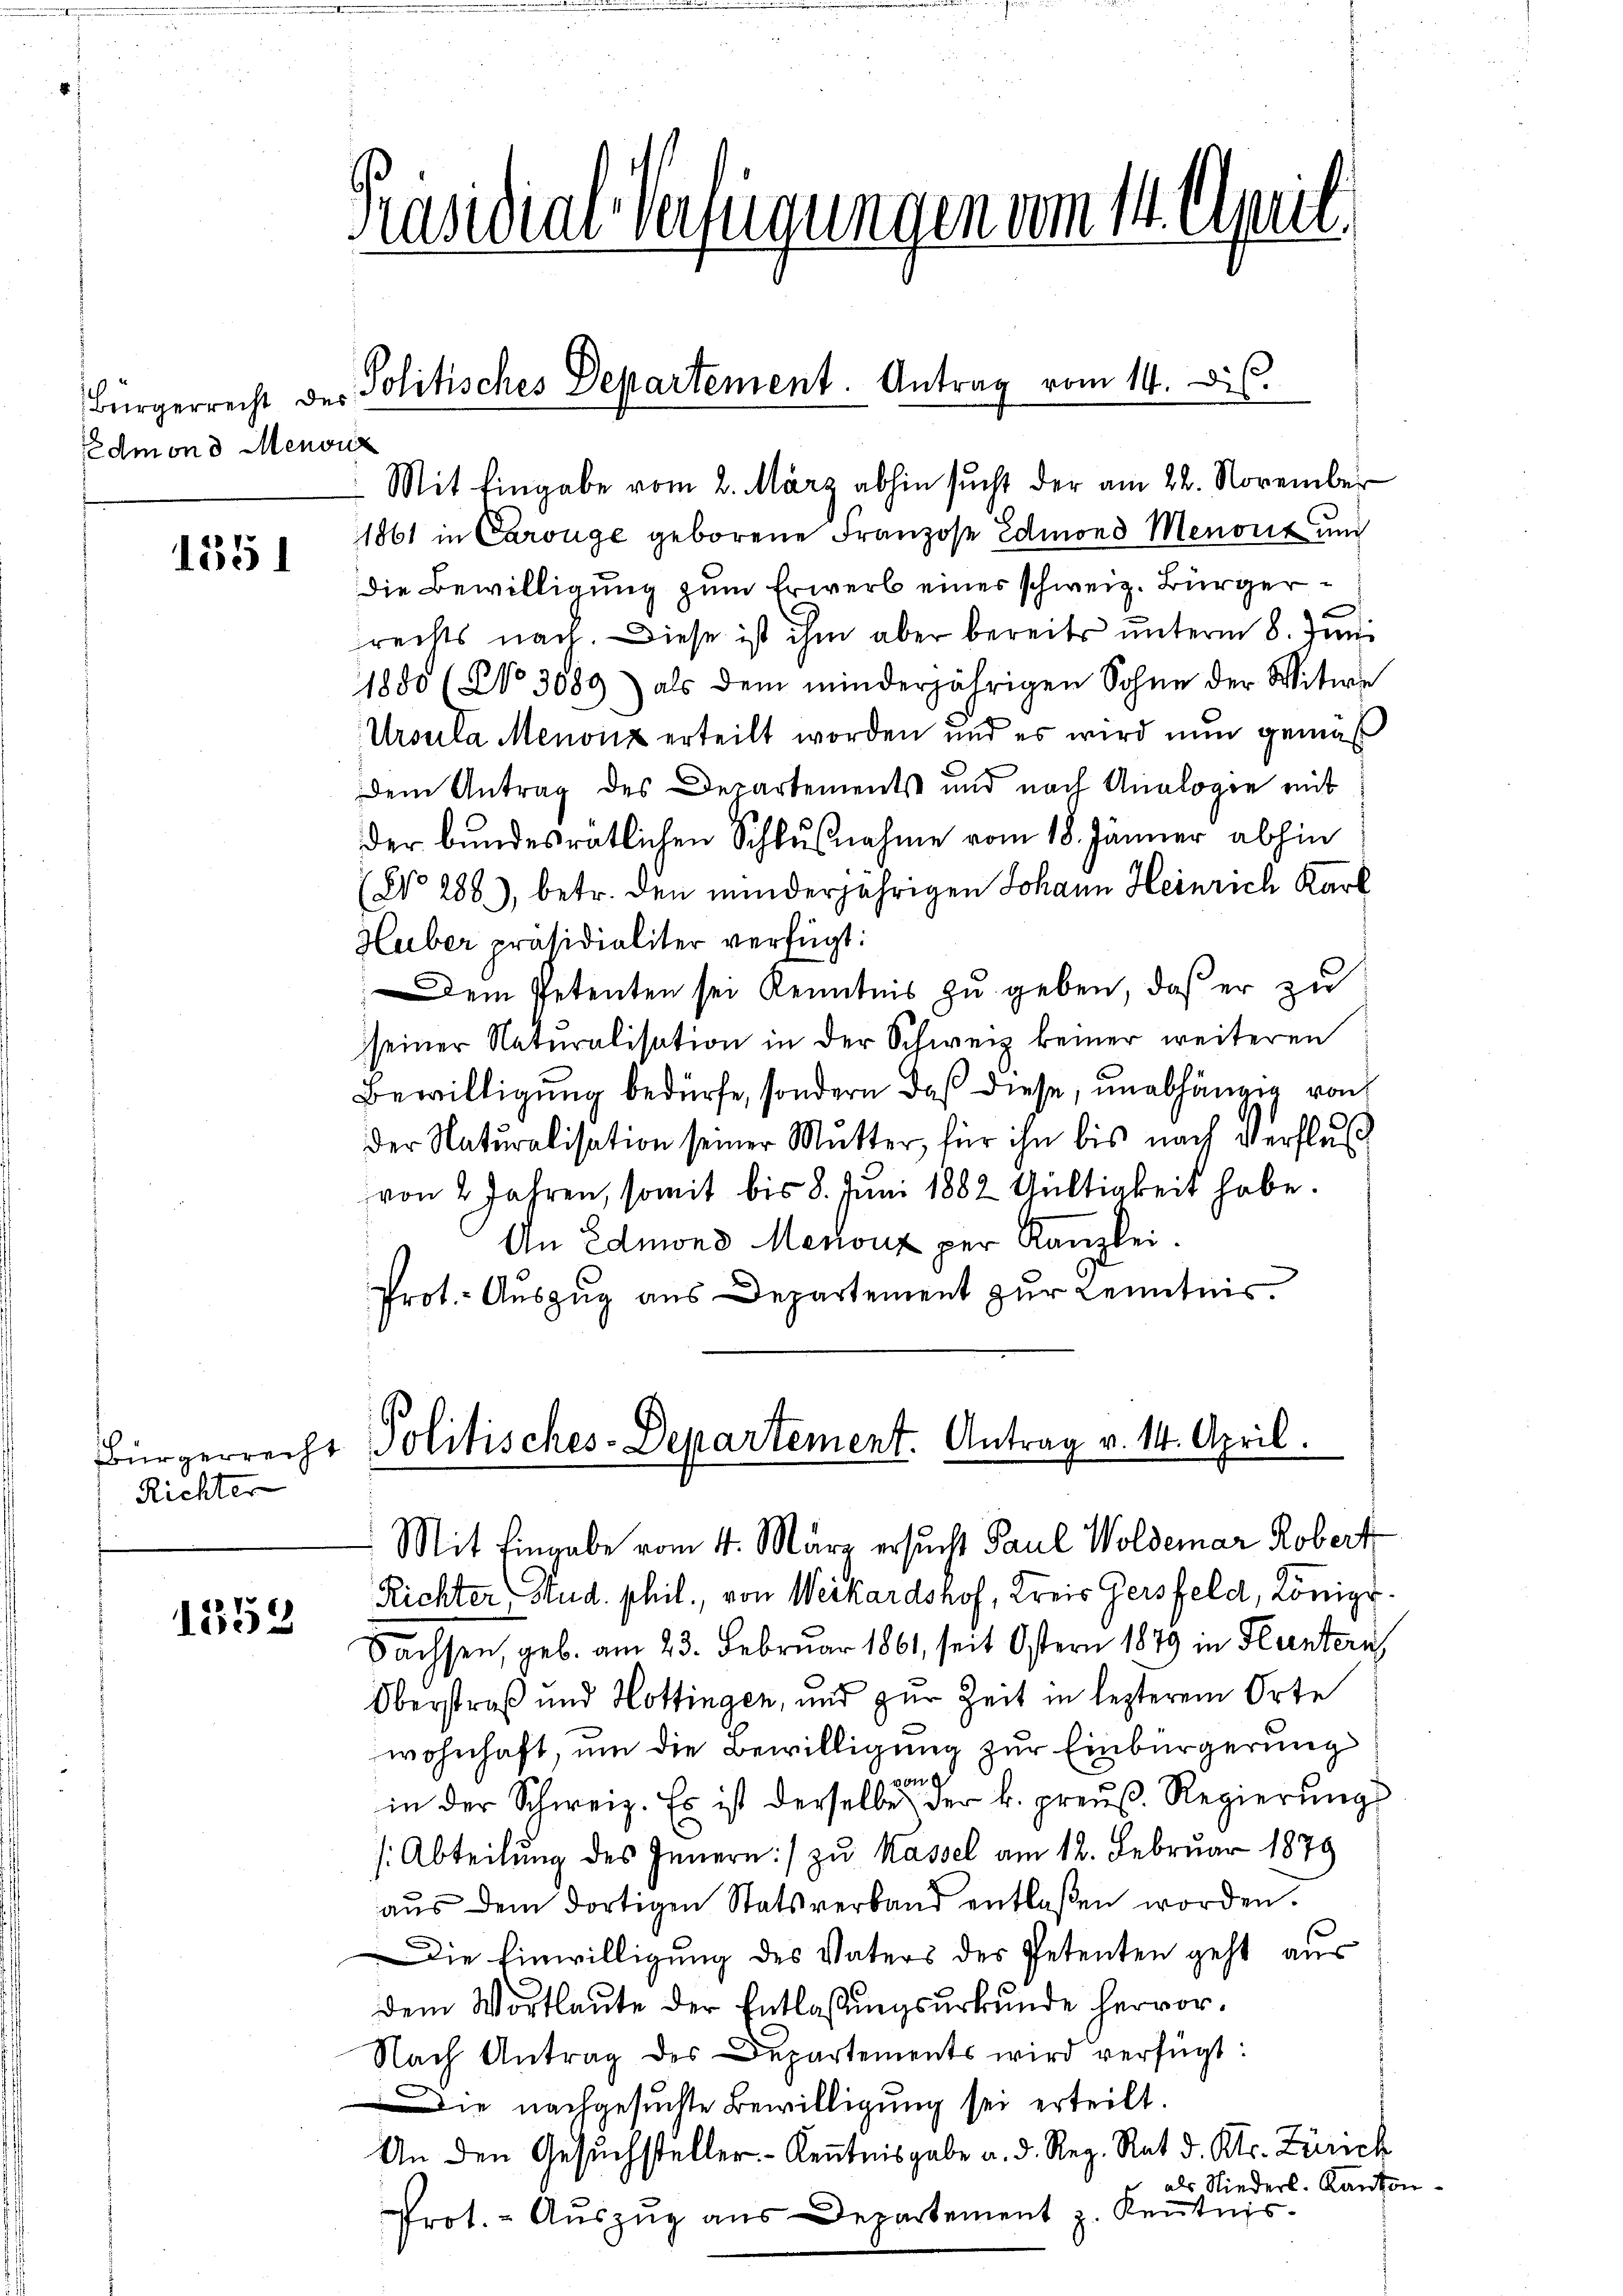
Bürgerrecht des
Edmond Menonz

1351

Richter

1552

Präsidial-Verfügungen um 14. April

Mit Eingabe vom 2. März abhin sucht der am 22. November
1861 in Carouge geborene Franzose Edmond Menort und
die Bewilligung zum Erwerb eines schweiz. Bürgerrechts nach. Diese ist ihm aber bereits unterm 8. Juni
1880 (No 3089) als dem minderjährigen Sohne der Witwe
Ursula Menonz erteilt worden und es wird nun gemäß
dem Antrag des Departements und nach Analogie mit
der bundesrätlichen Schlußnahme vom 18. Jänner abhin
(No. 288), betr. den minderjährigen Johann Heinrich Karl
Heiber präsidialiter verfügt:
Dem Petenten sei Kenntnis zu geben, daß er zu
seiner Naturalisation in der Schweiz keiner weiteren
Bewilligung bedürfe, sondern daß diese, unabhängig von
der Naturalisation seiner Mutter, für ihn bis nach Verflus
von 2 Jahren, somit bis 8. Juni 1882 Gültigkeit habe.
An Edmons Menonz per Kanzlei.
Prot.- Auszug aus Departement zur Kenntnis.

Politisches Departement. Antrag vom 14. ds.

Bürgerrecht Politisches-Departement. Antrag v. 14. April.

Mit Eingabe vom 4. März ersucht Paul Woldemar Robert
Richter, Stud. phil., von Weikardshof, Kreis Gersfeld, Königr.
Sachsen, geb. am 23. Februar 1861, seit Ostern 1879 in Fluntern
Oberstraß und Hottingen, und zur Zeit in lezterem Orte
wohnhaft, um die Bewilligung zur Einbürgerung
von
in der Schweiz. Es ist derselbe der k. preuß. Regierŭng
Abteilung des Innern:/ zu Kassel am 12. Februar 1879
aŭs dem dortigen Statsverband entlaßen worden.
Die Einwilligung des Vaters des Petenten geht aus
dem Wortlaute der Entlaßungsurkunde hervor¬
Nach Antrag des Departements wird verfügt:
Die nachgesuchte Bewilligung sei erteilt.
An den Gesuchsteller- Kenntnisgabe a. d. Reg. Rat d. Kts. Zürich
als Niederl. Kanto
Prot. - Aŭszŭg aŭs Departement z. Keṅtnis.